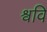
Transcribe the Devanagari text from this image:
श्ववि